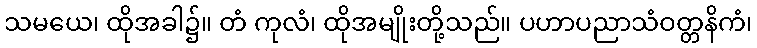
သမယေ၊ ထိုအခါ၌။ တံ ကုလံ၊ ထိုအမျိုးတို့သည်။ ပဟာပညာသံဝတ္တနိကံ၊